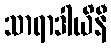
သာရာဒါယိနီ